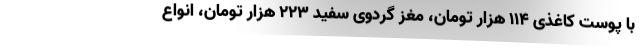
با پوست کاغذی ۱۱۴ هزار تومان، مغز گردوی سفید ۲۲۳ هزار تومان، انواع